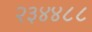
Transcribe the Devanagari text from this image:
२३४४८८